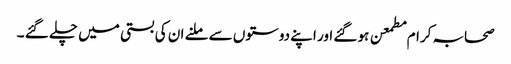
صحابہ کرام مطمعن ہو گئے اور اپنے دوستوں سے ملنے ان کی بستی میں چلے گئے ۔